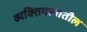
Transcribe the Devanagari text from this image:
व्यक्तिमत्वातील